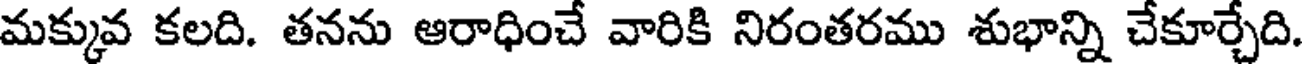
మక్కువ కలది. తనను ఆరాధించే వారికి నిరంతరము శుభాన్ని చేకూర్చేది.